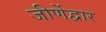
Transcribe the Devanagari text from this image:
जीर्णेद्वार